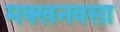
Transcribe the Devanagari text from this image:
मक्खनवसा